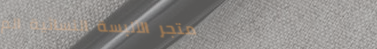
متجر الألبسة النسائية الم